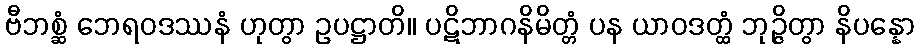
ဗီဘစ္ဆံ ဘေရဝဒဿနံ ဟုတွာ ဥပဋ္ဌာတိ။ ပဋိဘာဂနိမိတ္တံ ပန ယာဝဒတ္ထံ ဘုဉ္ဇိတွာ နိပန္နော